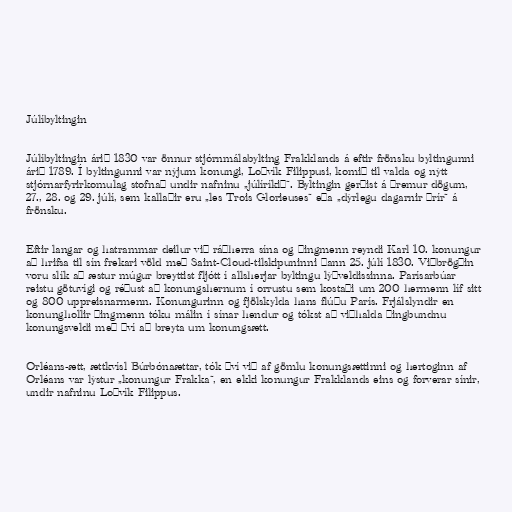
Júlíbyltingin

Júlíbyltingin árið 1830 var önnur stjórnmálabylting Frakklands á eftir frönsku byltingunni
árið 1789. Í byltingunni var nýjum konungi, Loðvík Filippusi, komið til valda og nýtt
stjórnarfyrirkomulag stofnað undir nafninu „júlíríkið“. Byltingin gerðist á þremur dögum,
27., 28. og 29. júlí, sem kallaðir eru „les Trois Glorieuses“ eða „dýrlegu dagarnir þrír“ á
frönsku.

Eftir langar og hatrammar deilur við ráðherra sína og þingmenn reyndi Karl 10. konungur
að hrifsa til sín frekari völd með Saint-Cloud-tilskipuninni þann 25. júlí 1830. Viðbrögðin
voru slík að æstur múgur breyttist fljótt í allsherjar byltingu lýðveldissinna. Parísarbúar
reistu götuvígi og réðust að konungshernum í orrustu sem kostaði um 200 hermenn líf sitt
og 800 uppreisnarmenn. Konungurinn og fjölskylda hans flúðu París. Frjálslyndir en
konunghollir þingmenn tóku málin í sínar hendur og tókst að viðhalda þingbundnu
konungsveldi með því að breyta um konungsætt.

Orléans-ætt, ættkvísl Búrbónaættar, tók því við af gömlu konungsættinni og hertoginn af
Orléans var lýstur „konungur Frakka“, en ekki konungur Frakklands eins og forverar sínir,
undir nafninu Loðvík Filippus.